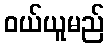
ဝယ်ယူမည်